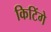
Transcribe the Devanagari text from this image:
किटिंगे